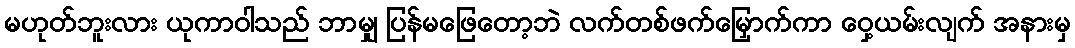
မဟုတ်ဘူးလား ယုကာဝါသည် ဘာမျှ ပြန်မဖြေတော့ဘဲ လက်တစ်ဖက်မြှောက်ကာ ဝှေ့ယမ်းလျက် အနားမှ